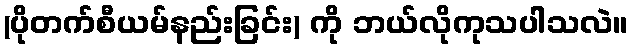
(ပိုတက်စီယမ်နည်းခြင်း) ကို ဘယ်လိုကုသပါသလဲ။